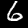
Digit: 6